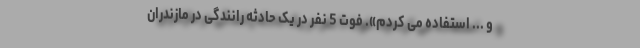
و ... استفاده می کردم». فوت 5 نفر در یک حادثه رانندگی در مازندران